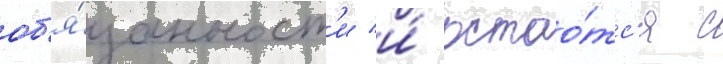
об'я́занност'и и́ остао́тс'я с